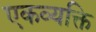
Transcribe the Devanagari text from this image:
एकव्यक्ति